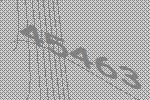
45463